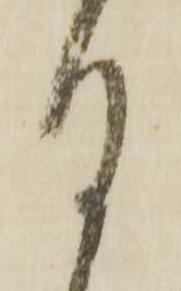
自